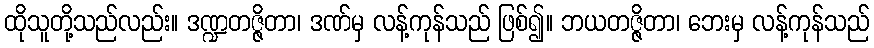
ထိုသူတို့သည်လည်း။ ဒဏ္ဍတဇ္ဇိတာ၊ ဒဏ်မှ လန့်ကုန်သည် ဖြစ်၍။ ဘယတဇ္ဇိတာ၊ ဘေးမှ လန့်ကုန်သည်